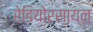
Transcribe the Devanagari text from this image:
रेडियोरसायन